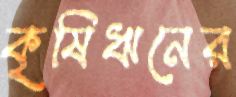
কৃষিঋনের